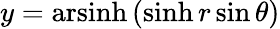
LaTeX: y=\operatorname{arsinh}\, (\sinh r\sin\theta)